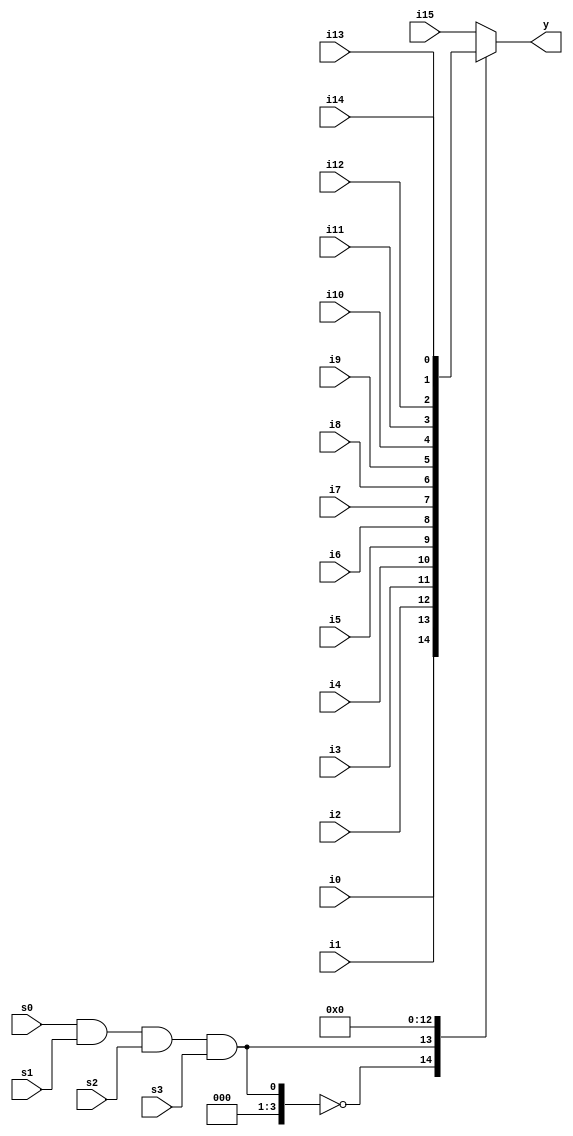
module sixteen_1(i0,i1,i2,i3,i4,i5,i6,i7,i8,i9,i10,i11,i12,i13,i14,i15,s0,s1,s2,s3,y);
	input wire i0,i1,i2,i3,i4,i5,i6,i7,i8,i9,i10,i11,i12,i13,i14,i15,s0,s1,s2,s3;
	output reg y;
	always@(s0&s1&s2&s3&i0&i1&i2&i3&i4&i5&i6&i7&i8&i9&i10&i11&i12&i13&i14&i15)
		begin
			case(s0&s1&s2&s3)
				4'b0000 : y=i0;
				4'b0001 : y=i1;
				4'b0010 : y=i2;
				4'b0011 : y=i3;
				4'b0100 : y=i4;
				4'b0101 : y=i5;
				4'b0110 : y=i6;
				4'b0111 : y=i7;
				4'b1000 : y=i8;
				4'b1001 : y=i9;
				4'b1010 : y=i10;
				4'b1011 : y=i11;
				4'b1100 : y=i12;
				4'b1101 : y=i13;
				4'b1110 : y=i14;
				
				default :y=i15;
			endcase
		end
	endmodule